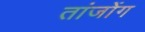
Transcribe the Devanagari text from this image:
तांजोंग